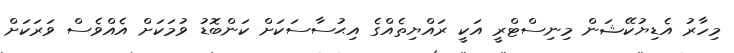
މިހާރު އެޑިޔުކޭޝަން މިނިސްޓްރީ އަކީ ރައްޔިތެއްގެ އިޙުސާސަކަށް ކަންބޮޑު ވުމަކަށް އެއްވެސް ވަރަކަށް